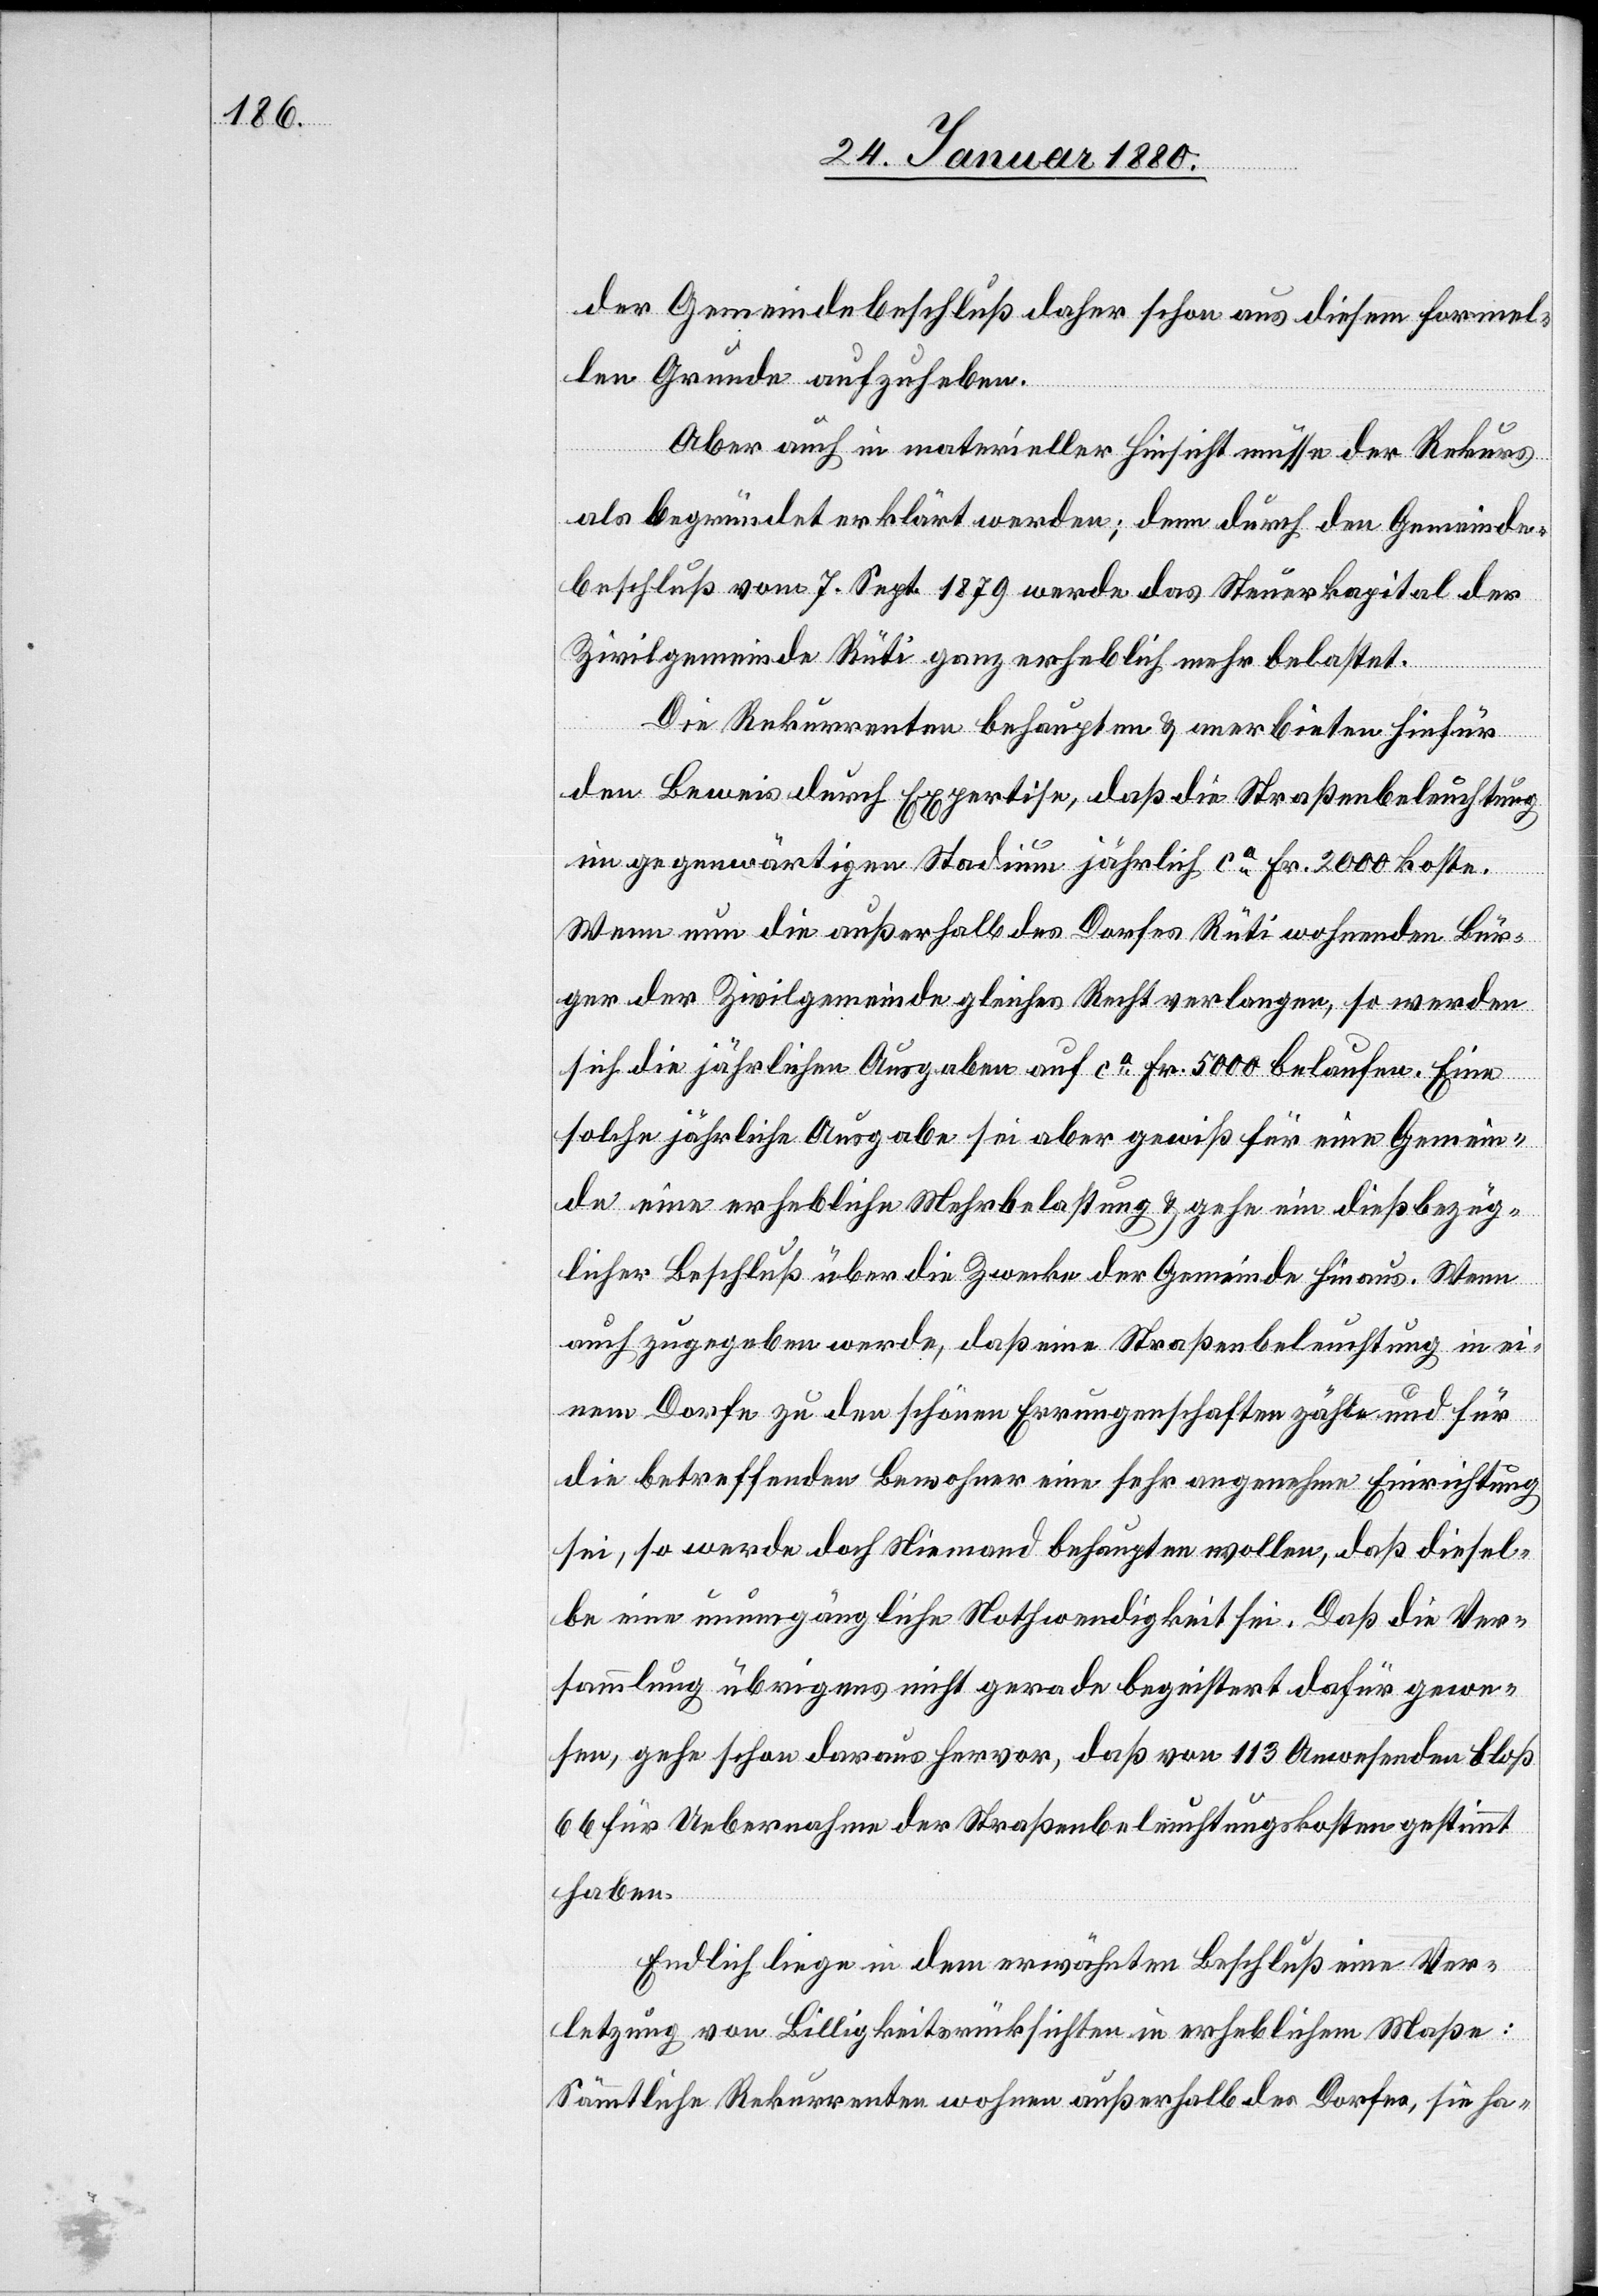
der Gemeindebeschluß daher schon aus diesem formel¬
len Grunde aufzuheben.
Aber auch in materieller Hinsicht müsse der Rekurs
als begründet erklärt werden; denn durch den Gemeinde¬
beschluß vom 7. Sept. 1879 werde das Steuerkapital der
Zivilgemeinde Rüti ganz erheblich mehr belastet.
Die Rekurrenten behaupten & anerbieten hiefür
den Beweis durch Expertise, daß die Straßenbeleuchtung
im gegenwärtigen Stadium jährlich ca Fr. 2000 koste.
Wenn nun die außerhalb des Dorfes Rüti wohnenden Bür¬
ger der Zivilgemeinde gleiches Recht verlangen, so werden
sich die jährlichen Ausgaben auf ca Fr. 5000 belaufen. Eine
solche jährliche Ausgabe sei aber gewiß für eine Gemein¬
de eine erhebliche Mehrbelastung & gehe ein dießbezüg¬
licher Beschluß über die Zwecke der Gemeinde hinaus. Wenn
auch zugegeben werde, daß eine Straßenbeleuchtung in ei¬
nem Dorfe zu den schönen Errungenschaften zähle und für
die betreffenden Bewohner eine sehr angenehme Einrichtung
sei, so werde doch Niemand behaupten wollen, daß diesel¬
be eine unumgängliche Nothwendigkeit sei. Daß die Ver¬
sammlung übrigens nicht gerade begeistert dafür gewe¬
sen, gehe schon daraus hervor, daß von 113 Anwesenden bloß
66 für Uebernahme der Straßenbeleuchtungskosten gestimmt
haben.
Endlich liege in dem erwähnten Beschluß eine Ver¬
letzung von Billigkeitsrücksichten in erheblichem Maße:
Sämmtliche Rekurrenten wohnen außerhalb des Dorfes, sie ha-